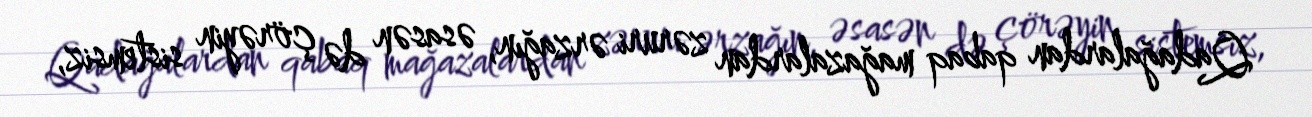
Qadağalardan qabaq mağazalardan zəruri ərzağın, əsasən də çörəyin sistemsiz,